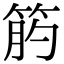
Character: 𥭖